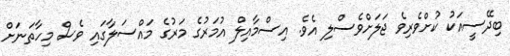
ބިދޭސީއަކު ކުށްވެރިވެ ޖަލަށްވެސްލި އެވެ. އިސްމާއިލް އުމަރުގެ މަރުގެ މައްސަލާގައި ވެސް މިހާތަނަށް